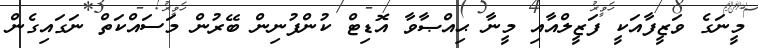
މީނަގެ ވަޒީފާއަކީ ފަޒީލްއާއި މީނާ ޙިއްޞާވާ އޮޑިޓް ކުންފުނިން ބޭރުން މަސައްކަތް ނަގައިގެން